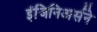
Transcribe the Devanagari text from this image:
इंजिनिअर्सने